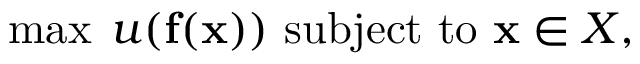
\operatorname* { m a x } \; u ( \mathbf { f } ( \mathbf { x } ) ) { \mathrm { ~ s u b j e c t ~ t o ~ } } \mathbf { x } \in X ,